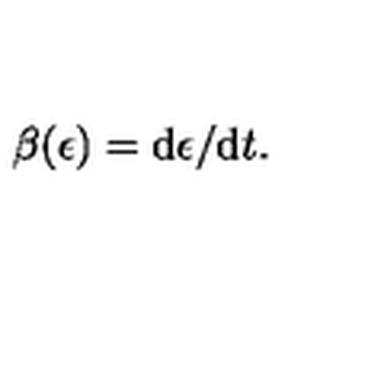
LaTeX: \beta ( \epsilon ) = \mathrm { d } \epsilon / \mathrm { d } t .